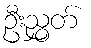
ဦးညွှတ်